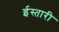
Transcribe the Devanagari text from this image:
ईस्तारी